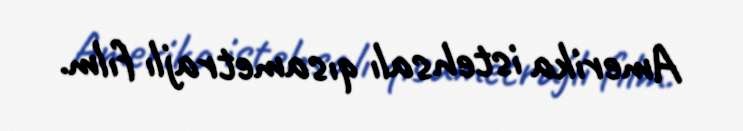
Amerika istehsalı qısametrajlı fılm.